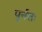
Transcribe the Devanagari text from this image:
पूर्नतः